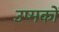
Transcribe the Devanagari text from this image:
उष्मकों